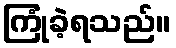
ကြုံခဲ့ရသည်။